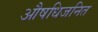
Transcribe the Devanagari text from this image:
औषधिजनित